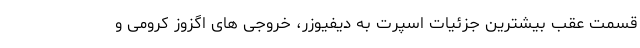
قسمت عقب بیشترین جزئیات اسپرت به دیفیوزر، خروجی های اگزوز کرومی و